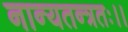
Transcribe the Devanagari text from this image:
नान्यतन्त्रतः।।